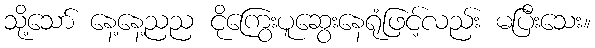
သို့သော် နေ့နေ့ညည ငိုကြွေးပူဆွေးနေရုံဖြင့်လည်း မပြီးသေး။